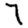
Digit: 7